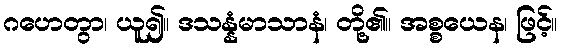
ဂဟေတွာ၊ ယူ၍။ ဒသန္နံမာသာနံ၊ တို့၏။ အစ္စယေန၊ ဖြင့်။